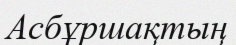
Асбұршақтың